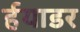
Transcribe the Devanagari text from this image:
र्हयाडर